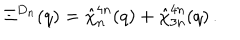
\Xi ^ { D _ { n } } ( q ) = \hat { \chi } _ { n } ^ { 4 n } ( q ) + \hat { \chi } _ { 3 n } ^ { 4 n } ( q ) \, .